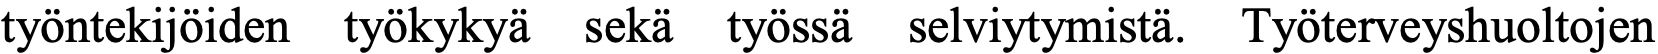
työntekijöiden työkykyä sekä työssä selviytymistä. Työterveyshuoltojen